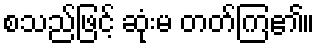
စသည်ဖြင့် ဆုံးမ တတ်ကြ၏။